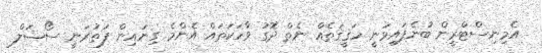
އެމިނިސްޓްރީން ބުނެފައިވަނީ ހަޤީޤަތެއް ނެތް ދޮގު ވާހަކަތައް އެންމެ ގިނައިން ފަތުރަނީ ސޯޝަލް